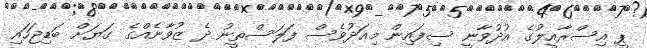
ޕީ އިސްރާއީލުގެ އުދުވާނީ ސިފައިން މިއަދުވެސް ފަލަސްތީނު ދެ ޒުވާނެއްގެ ގަޔަށް ބަޑިޖަހައި